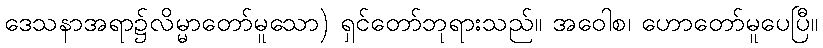
ဒေသနာအရာ၌လိမ္မာတော်မူသော) ရှင်တော်ဘုရားသည်။ အဝေါစ၊ ဟောတော်မူပေပြီ။